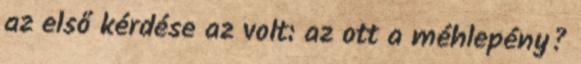
az első kérdése az volt: az ott a méhlepény?